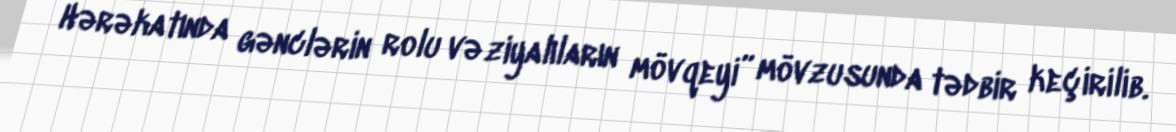
Hərəkatında gənclərin rolu və ziyalıların mövqeyi” mövzusunda tədbir keçirilib.